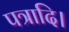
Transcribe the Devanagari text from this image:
पत्रादि।